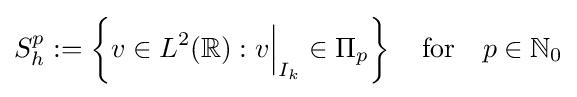
S_{h}^{p}:=\left\lbrace v\in L^{2}(\mathbb {R} ):v{\Big |}_{I_{k}}\in \Pi _{p}\right\rbrace \quad {\text{for}}\quad p\in \mathbb {N} _{0}